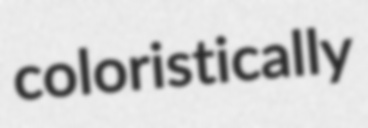
coloristically